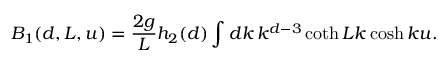
B _ { 1 } ( d , L , u ) = \frac { 2 g } { L } h _ { 2 } ( d ) \int d k \, k ^ { d - 3 } \coth L k \cosh k u .